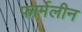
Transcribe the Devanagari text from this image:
फार्मेलीन